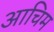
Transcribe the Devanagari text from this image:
आचिम